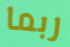
ربما